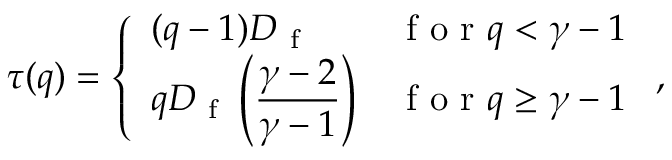
\tau ( q ) = \left\{ \begin{array} { l l } { ( q - 1 ) D _ { \mathrm { ~ f ~ } } } & { \mathrm { ~ f ~ o ~ r ~ } q < \gamma - 1 } \\ { q D _ { \mathrm { ~ f ~ } } \left( \displaystyle \frac { \gamma - 2 } { \gamma - 1 } \right) } & { \mathrm { ~ f ~ o ~ r ~ } q \ge \gamma - 1 } \end{array} \right. ,